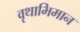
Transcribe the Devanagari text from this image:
वृथाभिमान